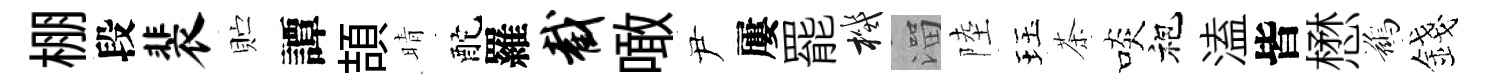
棚段裴贮譚頡晴酡羅截噉尹屢罷機溜陸珏茶啖袍溘皆懋鷀錢